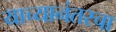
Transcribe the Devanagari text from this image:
याच्यानंतरचा